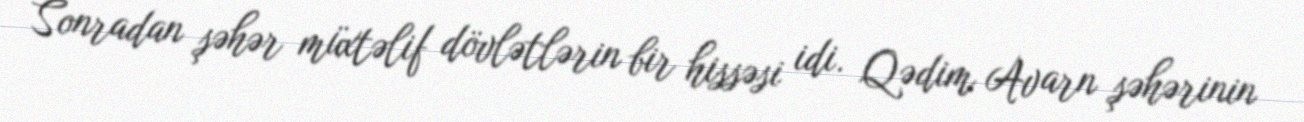
Sonradan şəhər müxtəlif dövlətlərin bir hissəsi idi. Qədim Avarn şəhərinin